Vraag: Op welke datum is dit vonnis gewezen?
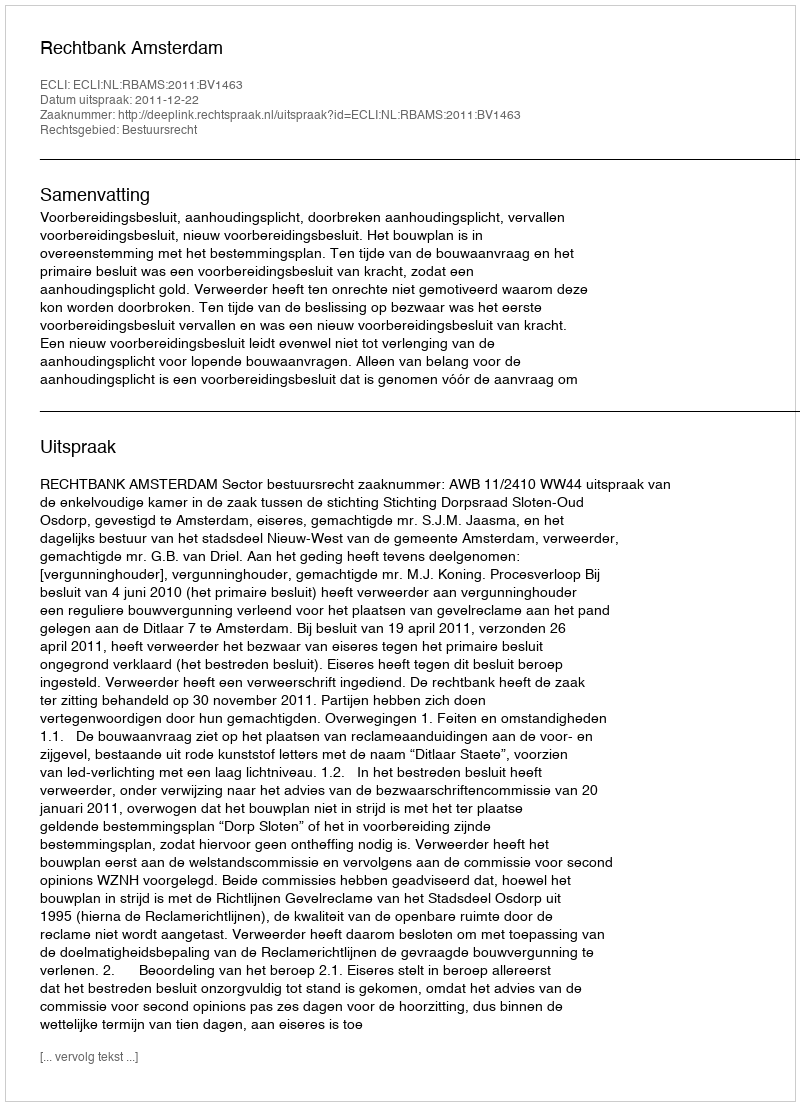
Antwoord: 2011-12-22